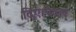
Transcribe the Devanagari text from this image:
दिए।पैदल